Vaccination North-Western Provinces and Oudh 1896-1901 - 1896-1901
Year: 1896
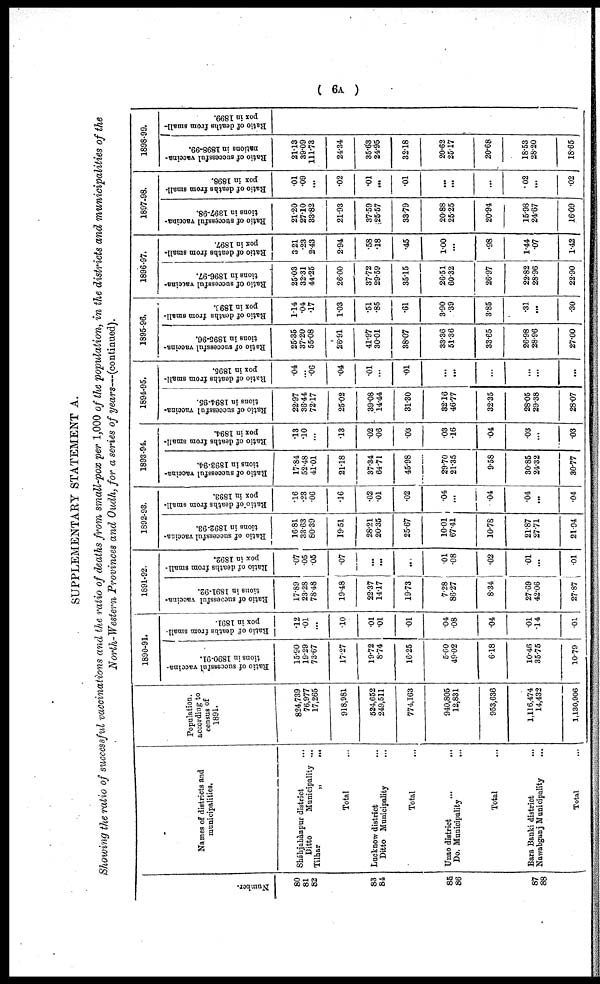
( 6A )
SUPPLEMENTARY STATEMENT A.
Showing the ratio of successful vaccinations and the ratio of deaths from small-pox per 1,000 of the population, in the districts and municipalities of the
North-Western Provinces and Oudh, for a series of years—(continued).
Number.
80
81
82
83
84
85
86
87
88
Names of districts and
municipalities.
Sháhjahánpur district ...
Ditto
Municipality ...
Tilhar „ ...
Total ...
Lucknow district ...
Ditto Municipality ...
Total ...
Unao district
...
...
Do. Municipality ...
Total ...
Bara Banki district ...
Nawabganj Municipality ...
Total ...
Population.
according to
census of
1891.
824,739
76,977
17,265
918,981
524,652
249,511
774,163
940,805
12,831
953,636
1,116,474
14,432
1,130,906
1890-91.
Ratio of successful vaccina-
tions in 1890-91.
15.90
19.29
73.67
17.27
19.72
8.74
16.25
5.60
49.02
6.18
10.46
35.75
10.79
Ratio of deaths from small-
pox in 1891.
12
.01
...
.10
.01
.01
.01
.04
.08
.04
.01
.14
.01
1891-92.
Ratio of successful vaccina-
tions in 1891-92.
17.89
23.28
78.48
19.48
22.37
14.17
19.73
7.28
86.27
8.34
27.69
42.06
27.87
Ratio of deaths from small-
pox in 1892.
.07
.05
.05
.07
...
...
...
.01
.08
.02
.01
...
.01
1892-93.
Ratio of successful vaccina-
tions in 1892-93.
16.81
33.63
80.39
19.51
28.21
20.35
25.67
10.01
67.41
10.78
21.87
27.71
21.94
Ratio of deaths from small-
pox in 1893.
.16
.23
.06
.16
.02
.01
.02
.04
...
.04
.04
...
.04
1893-94.
Ratio of successful vaccina-
tions in 1893-94.
17.84
52.48
41.01
21.18
37.34
64.71
45.98
29.70
21.35
9.58
30.85
24.32
30.77
Ratio of deaths from small-
pox in 1894.
.13
.10
...
.13
.02
.06
.03
.03
.16
.04
.03
...
.03
1894-95.
Ratio of successful vaccina-
tions in 1894-95.
22.97
36.44
72.17
25.02
39.08
14.44
31.30
32.16
46.77
32.35
28.05
29.38
28.07
Ratio of deaths from small-
pox in 1895.
.04
...
.06
.04
.01
...
.01
...
...
...
...
...
...
1895-96.
Ratio of successful vaccina-
tions in 1895-96.
25.35
37.20
55.08
26.91
41.97
30.01
38.07
33.36
51.36
33.65
26.98
28.96
27.00
Ratio of deaths from small-
pox in 1893.
1.14
.04
.17
1.03
.51
.85
.61
3.90
.39
3.85
.31
...
.30
1896-97.
Ratio of successful vaccina-
tions in 1896-97.
25.03
32.31
44.25
26.00
37.72
29.59
35.15
26.51
60.32
26.97
22.82
28.96
22.90
Ratio of deaths from small-
pox in 1897.
3.21
.23
2.43
2.94
.58
.18
.45
1.00
...
.98
1.44
.07
1.42
1897-98.
Ratio of successful vaccina-
tions in 1897-98.
21.20
27.10
33.82
21.93
37.59
25.57
33.79
20.88
25.25
20.94
15.98
24.67
16.09
Ratio of deaths from small-
pox in 1898.
.01
.09
...
.02
.01
...
.01
...
...
...
.02
...
.02
1898-99.
Ratio of successful vaccina¬
nations in 1898-99.
21.13
39.09
111.73
24.34
35.63
24.95
32.18
20.62
25.17
20.68
18.53
28.20
18.65
Ratio of deaths from small-
pox in 1899.